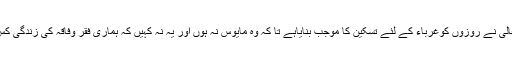
پس اللہ تعالیٰ نے روزوں کوغرباء کے لئے تسکین کا موجب بنایاہے تا کہ وہ مایوس نہ ہوں اور یہ نہ کہیں کہ ہماری فقر وفاقہ کی زندگی کس کام کی۔